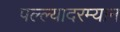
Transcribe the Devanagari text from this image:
पल्ल्यादरम्यान